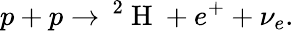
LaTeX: p+p\to\, ^{2}\mathrm{~H~}+e^{+}+\nu_{e}.